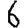
Digit: 6